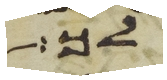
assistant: לכל